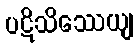
ပဋိသိဿေယျ